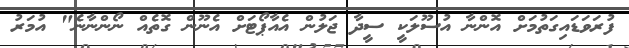
ފުރަވަޑައިގަތުމަށް އޮންނާ އުސޫލަކީ ސީދާ ޖަލުން އެއާޕޯޓަށް އެނޫން ގޮތެއް ނޯންނާނެ" އުމަރު